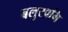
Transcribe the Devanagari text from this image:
बलुस्वमि